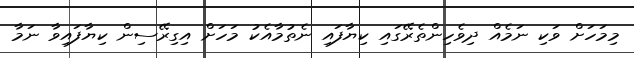
މިމަހަށް ވަކި ނަމެއް ދިވެހިންތެރޭގައި ކިޔާފައި ނެތުމާއެކު މަހަށް އިގިރޭސިން ކިޔާފައިވާ ނަމާ